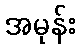
အမုန်း